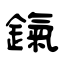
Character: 鎎